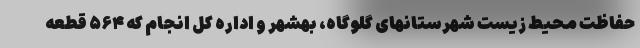
حفاظت محیط زیست شهرستانهای گلوگاه، بهشهر و اداره کل انجام که ۵۶۴ قطعه